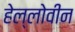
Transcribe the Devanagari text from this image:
हेल्लोवीन